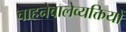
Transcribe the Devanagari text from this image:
चाहनेवालेव्यक्तियों